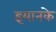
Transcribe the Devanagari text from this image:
इयानके